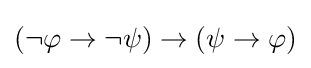
(\neg \varphi \to \neg \psi )\to (\psi \to \varphi )